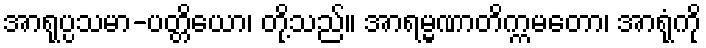
အာရုပ္ပသမာ-ပတ္တိယော၊ တို့သည်။ အာရမ္မဏာတိက္ကမတော၊ အာရုံကို